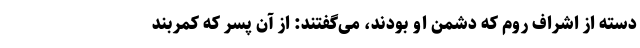
دسته از اشراف روم که دشمن او بودند، می‌گفتند: از آن پسر که کمربند